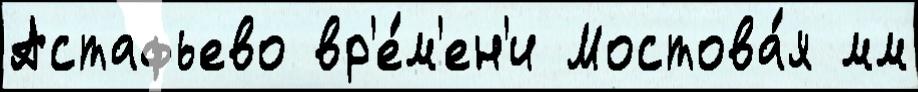
Астафьево вр'е́м'ен'и Мостова́я мм